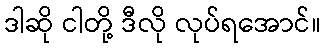
ဒါဆို ငါတို့ ဒီလို လုပ်ရအောင်။